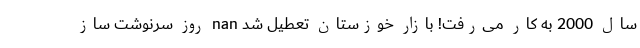
سال 2000 به کار می‌رفت! بازار خوزستان تعطیل شد nan روز سرنوشت ساز